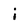
Character: i